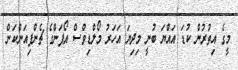
މީގެ އިތުރުން ކުޑަ އައްޔަ ބުނީ މިދިޔަ އަހަރު މޯލްޑިވްސް އޯޕަންގެ ޗެންޕިއަންކަން